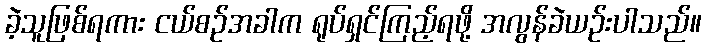
ခဲ့သူဖြစ်ရကား ငယ်စဉ်အခါက ရုပ်ရှင်ကြည့်ရဖို့ အလွန်ခဲယဉ်းပါသည်။